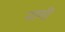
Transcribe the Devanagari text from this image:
नामीं